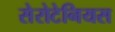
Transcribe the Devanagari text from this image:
सेरोटेनियस